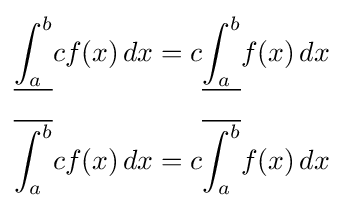
{\begin{aligned}{\underline {\int _{a}^{b}}}cf(x)\,dx&=c{\underline {\int _{a}^{b}}}f(x)\,dx\\[6pt]{\overline {\int _{a}^{b}}}cf(x)\,dx&=c{\overline {\int _{a}^{b}}}f(x)\,dx\end{aligned}}